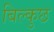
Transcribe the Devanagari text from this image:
बिल्कुछ